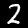
Digit: 2